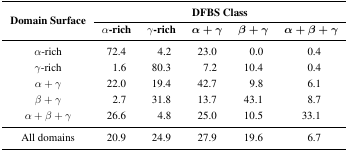
| <ROWSPAN=2> Domain Surface | <COLSPAN=5> DFBS Class |
 | α-rich | γ-rich | α + γ | β + γ | α + β + γ |
 | --- | --- | --- | --- | --- | --- |
 | α-rich | 72.4 | 4.2 | 23.0 | 0.0 | 0.4 |
 | γ-rich | 1.6 | 80.3 | 7.2 | 10.4 | 0.4 |
 | α + γ | 22.0 | 19.4 | 42.7 | 9.8 | 6.1 |
 | β + γ | 2.7 | 31.8 | 13.7 | 43.1 | 8.7 |
 | α + β + γ | 26.6 | 4.8 | 25.0 | 10.5 | 33.1 |
 | All domains | 20.9 | 24.9 | 27.9 | 19.6 | 6.7 |